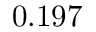
0 . 1 9 7